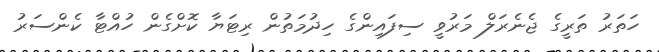
ހަތަރު ތަރީގެ ޖެނެރަލް މަރުވީ ސިފައިންގެ ހިދުމަތުން ރިޓަޔާ ކޮށްގެން ހުއްޓާ ކެންސަރު